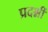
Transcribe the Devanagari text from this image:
प्रदर्श्नी